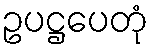
ဥပဋ္ဌပေတုံ